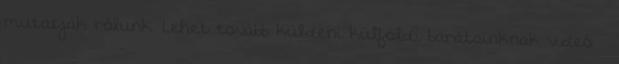
mutatják rólunk. Lehet tovább küldeni külföldi barátainknak videó –